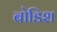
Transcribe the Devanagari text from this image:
बोडिश